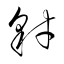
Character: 豺